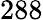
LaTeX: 288